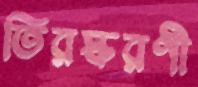
তিরস্করণী